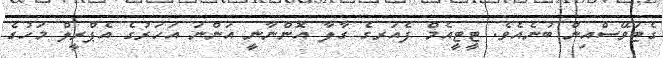
ގެޓަވޭސްއިން ބުނެއެވެ. ޓީޓީއެމް ފެއަރގެ ގާލާ އޮންނާނީ އަންނަ އަހަރުގެ އެޕްރީލް މަހުގެ